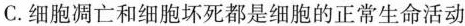
C.细胞凋亡和细胞坏死都是细胞的正常生命活动